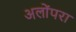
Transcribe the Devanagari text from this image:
अलोंपरा